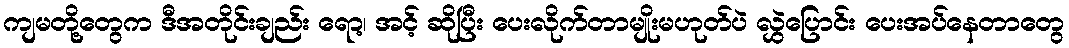
ကျမတို့တွေက ဒီအတိုင်းချည်း ရော့၊ အင့် ဆိုပြီး ပေးလိုက်တာမျိုးမဟုတ်ပဲ လွှဲပြောင်း ပေးအပ်နေတာတွေ